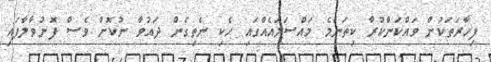
ފިހާރަތަކުން ވައްކަންކުރާ ކިތަންމެ މައްސަލައެއްގައި ހެކި ނެތިގެން ދައުވާ ނުކޮށް ވެސް ފޮނުވާލާފައި